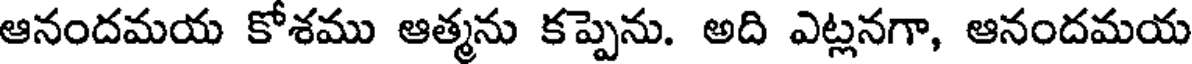
ఆనందమయ కోశము ఆత్మను కప్పెను. అది ఎట్లనగా, ఆనందమయ